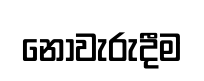
නොවැරුදීම